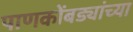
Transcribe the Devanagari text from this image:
पाणकोंबड्यांच्या